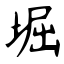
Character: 堀